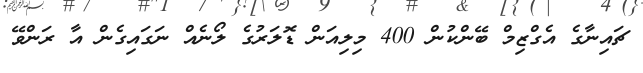
ޗައިނާގެ އެގްޒިމް ބޭންކުން 400 މިލިއަން ޑޮލަރުގެ ލޯނެއް ނަގައިގެން އާ ރަންވޭ